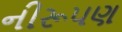
નીરૂપણ